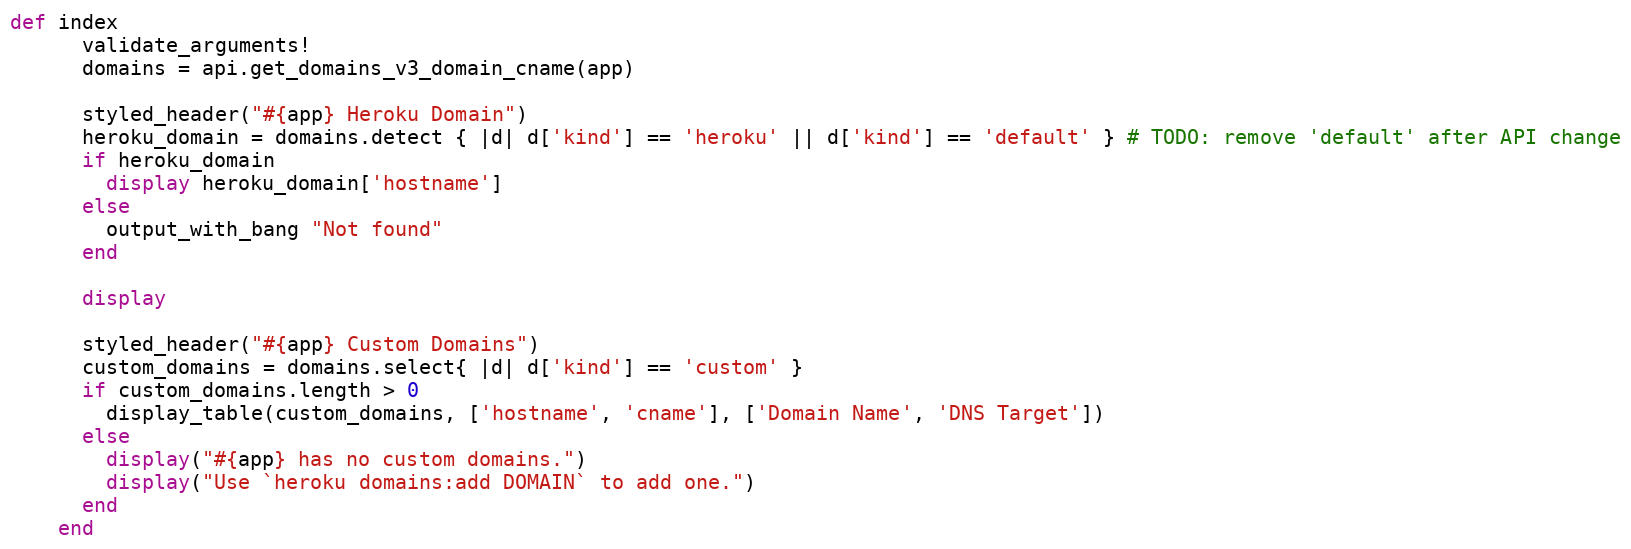
Language: Ruby
def index
      validate_arguments!
      domains = api.get_domains_v3_domain_cname(app)

      styled_header("#{app} Heroku Domain")
      heroku_domain = domains.detect { |d| d['kind'] == 'heroku' || d['kind'] == 'default' } # TODO: remove 'default' after API change
      if heroku_domain
        display heroku_domain['hostname']
      else
        output_with_bang "Not found"
      end

      display

      styled_header("#{app} Custom Domains")
      custom_domains = domains.select{ |d| d['kind'] == 'custom' }
      if custom_domains.length > 0
        display_table(custom_domains, ['hostname', 'cname'], ['Domain Name', 'DNS Target'])
      else
        display("#{app} has no custom domains.")
        display("Use `heroku domains:add DOMAIN` to add one.")
      end
    end